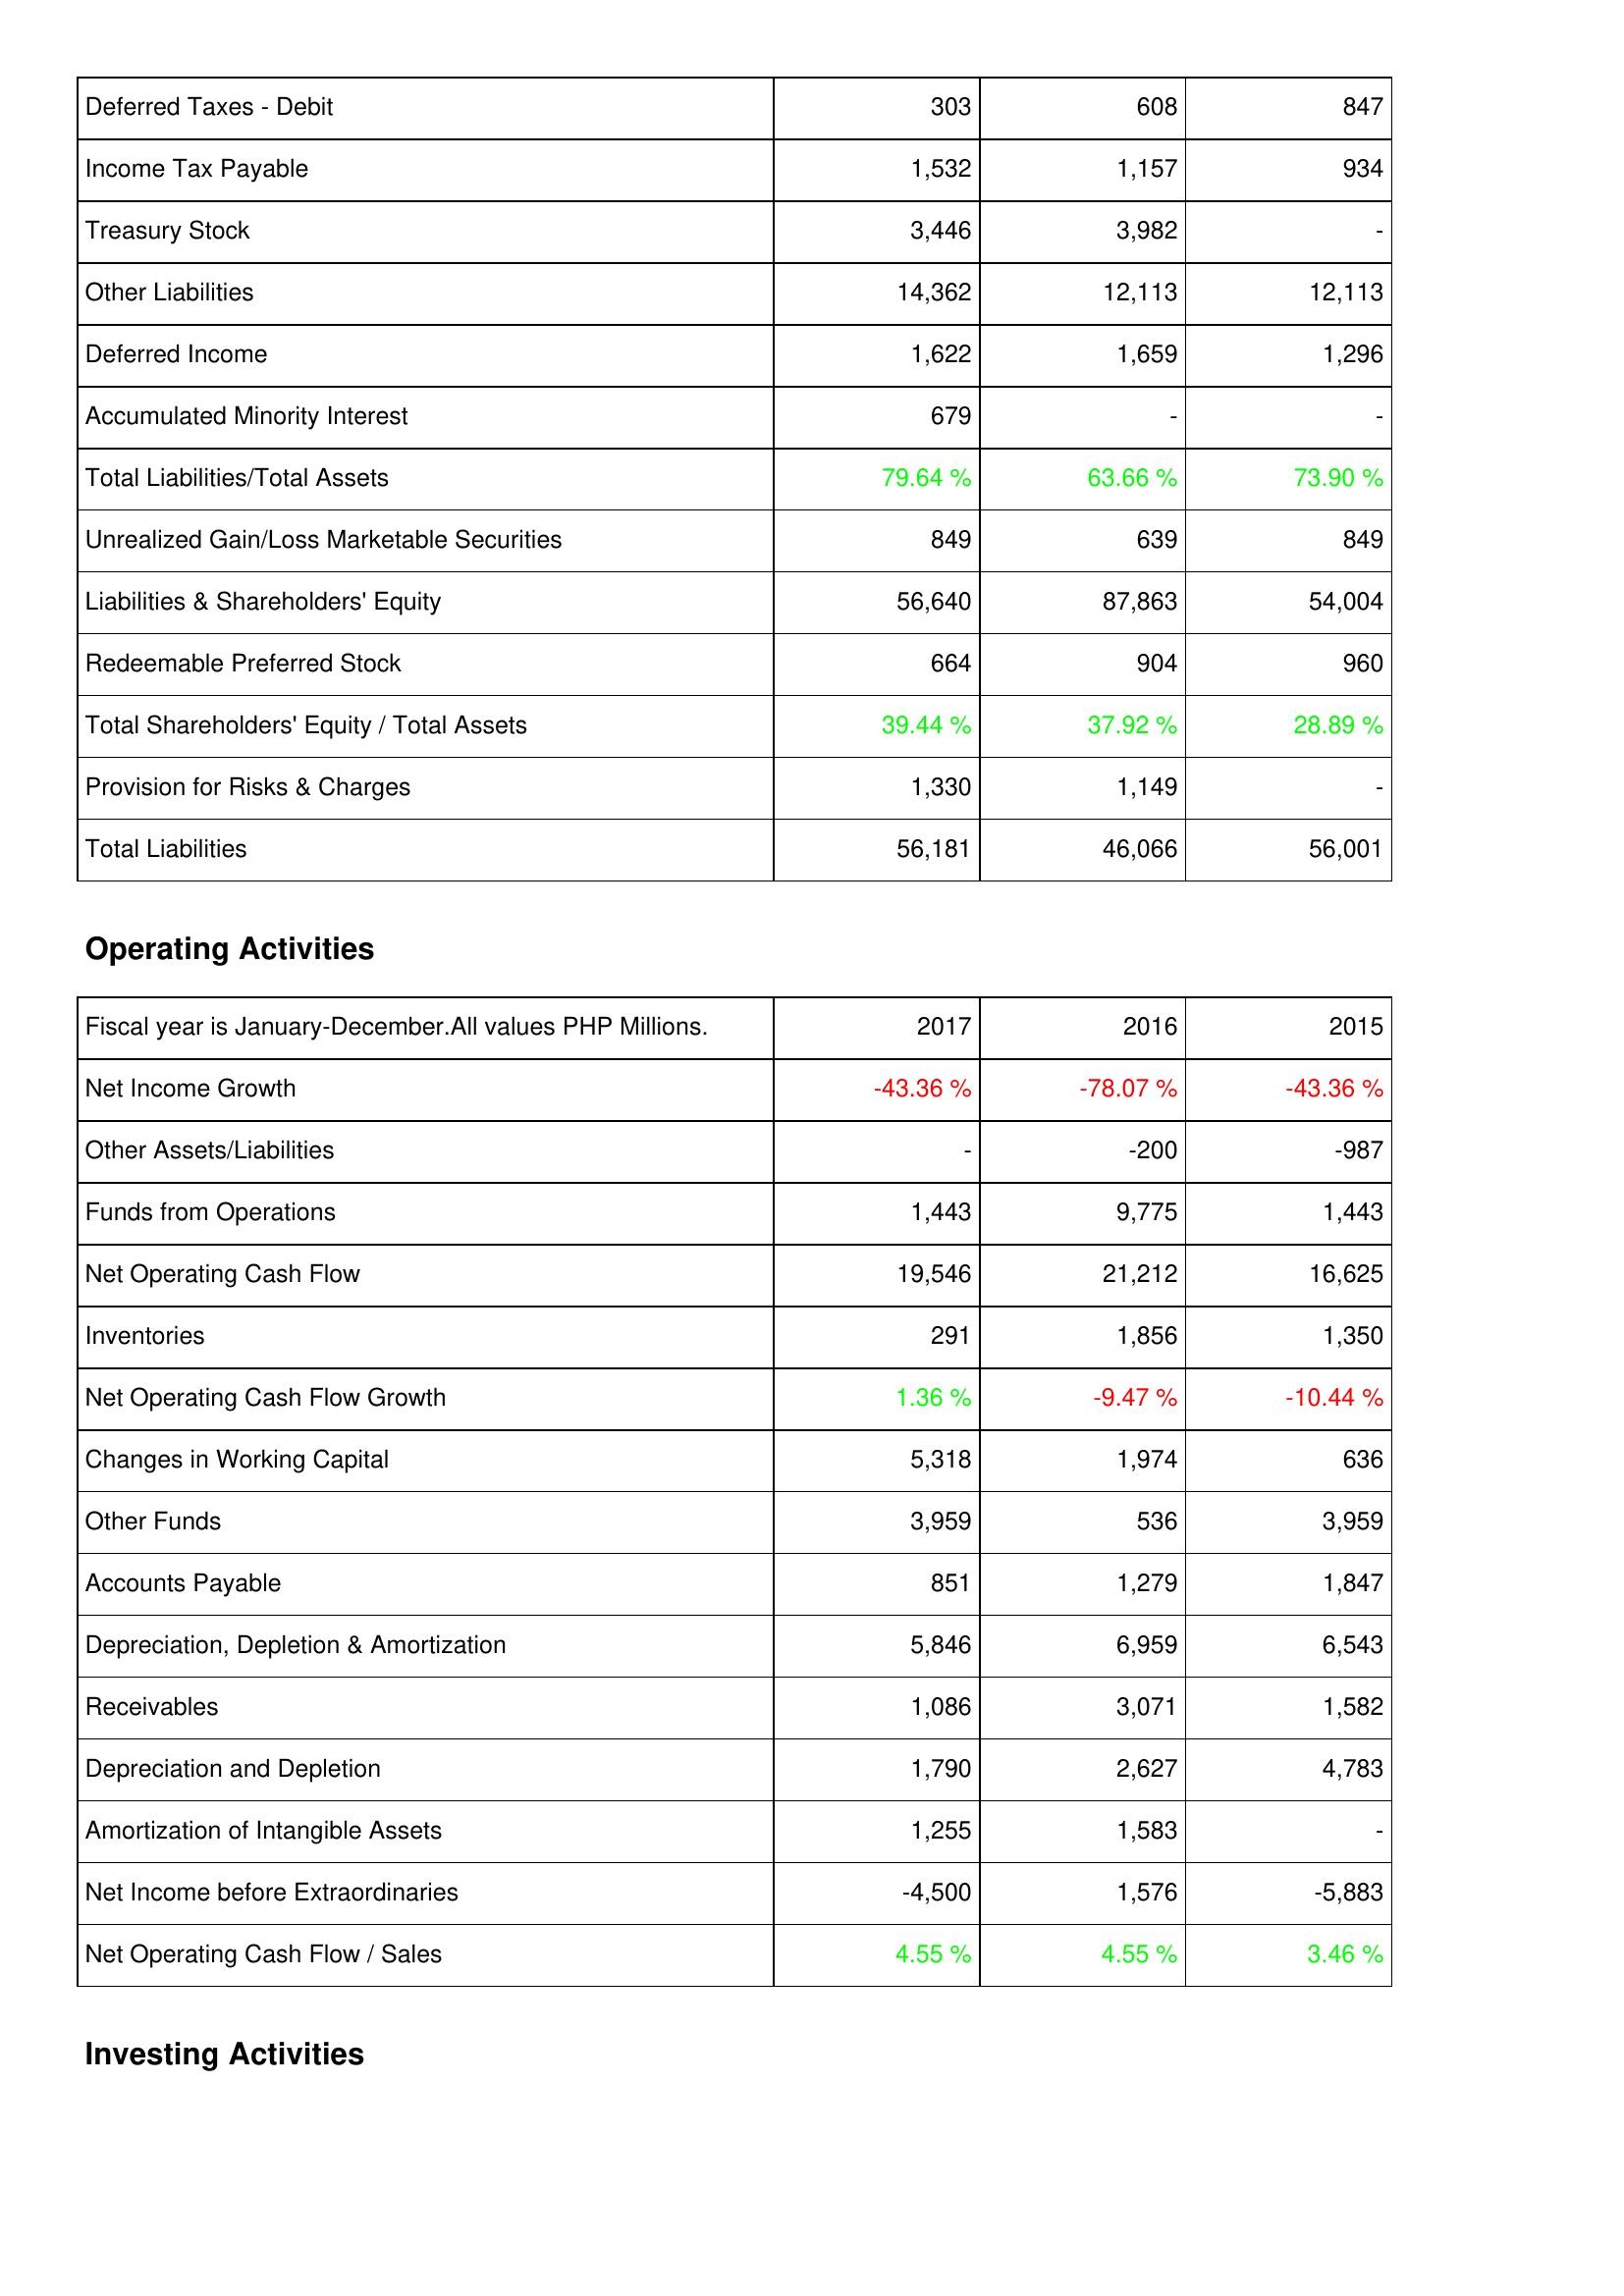
2017: Liabilities & Shareholders' Equity: Deferred Taxes - Debit: 303
Income Tax Payable: 1,532
Treasury Stock: 3,446
Other Liabilities: 14,362
Deferred Income: 1,622
Accumulated Minority Interest: 679
Total Liabilities/Total Assets: 79.64 %
Unrealized Gain/Loss Marketable Securities: 849
Liabilities & Shareholders' Equity: 56,640
Redeemable Preferred Stock: 664
Total Shareholders' Equity / Total Assets: 39.44 %
Provision for Risks & Charges: 1,330
Total Liabilities: 56,181
Operating Activities: Net Income Growth: -43.36 %
Other Assets/Liabilities: -
Funds from Operations: 1,443
Net Operating Cash Flow: 19,546
Inventories: 291
Net Operating Cash Flow Growth: 1.36 %
Changes in Working Capital: 5,318
Other Funds: 3,959
Accounts Payable: 851
Depreciation, Depletion & Amortization: 5,846
Receivables: 1,086
Depreciation and Depletion: 1,790
Amortization of Intangible Assets: 1,255
Net Income before Extraordinaries: -4,500
Net Operating Cash Flow / Sales: 4.55 %
2016: Liabilities & Shareholders' Equity: Deferred Taxes - Debit: 608
Income Tax Payable: 1,157
Treasury Stock: 3,982
Other Liabilities: 12,113
Deferred Income: 1,659
Accumulated Minority Interest: -
Total Liabilities/Total Assets: 63.66 %
Unrealized Gain/Loss Marketable Securities: 639
Liabilities & Shareholders' Equity: 87,863
Redeemable Preferred Stock: 904
Total Shareholders' Equity / Total Assets: 37.92 %
Provision for Risks & Charges: 1,149
Total Liabilities: 46,066
Operating Activities: Net Income Growth: -78.07 %
Other Assets/Liabilities: -200
Funds from Operations: 9,775
Net Operating Cash Flow: 21,212
Inventories: 1,856
Net Operating Cash Flow Growth: -9.47 %
Changes in Working Capital: 1,974
Other Funds: 536
Accounts Payable: 1,279
Depreciation, Depletion & Amortization: 6,959
Receivables: 3,071
Depreciation and Depletion: 2,627
Amortization of Intangible Assets: 1,583
Net Income before Extraordinaries: 1,576
Net Operating Cash Flow / Sales: 4.55 %
2015: Liabilities & Shareholders' Equity: Deferred Taxes - Debit: 847
Income Tax Payable: 934
Treasury Stock: -
Other Liabilities: 12,113
Deferred Income: 1,296
Accumulated Minority Interest: -
Total Liabilities/Total Assets: 73.90 %
Unrealized Gain/Loss Marketable Securities: 849
Liabilities & Shareholders' Equity: 54,004
Redeemable Preferred Stock: 960
Total Shareholders' Equity / Total Assets: 28.89 %
Provision for Risks & Charges: -
Total Liabilities: 56,001
Operating Activities: Net Income Growth: -43.36 %
Other Assets/Liabilities: -987
Funds from Operations: 1,443
Net Operating Cash Flow: 16,625
Inventories: 1,350
Net Operating Cash Flow Growth: -10.44 %
Changes in Working Capital: 636
Other Funds: 3,959
Accounts Payable: 1,847
Depreciation, Depletion & Amortization: 6,543
Receivables: 1,582
Depreciation and Depletion: 4,783
Amortization of Intangible Assets: -
Net Income before Extraordinaries: -5,883
Net Operating Cash Flow / Sales: 3.46 %